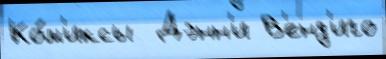
Ко́м'иксы  Дэнн'и В'енд'иго